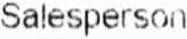
SALESPERSON